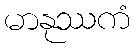
မာနုဿကံ